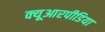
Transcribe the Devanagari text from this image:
क्यूआरपीडिया